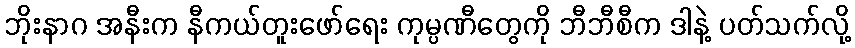
ဘိုးနာဂ အနီးက နီကယ်တူးဖော်ရေး ကုမ္ပဏီတွေကို ဘီဘီစီက ဒါနဲ့ ပတ်သက်လို့